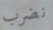
نضرب